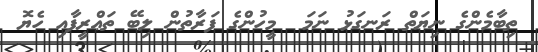
ތިބާމެންގެ ނިޔަތް ރަނގަޅު ނަމަ  މީހުންގެ ފަރާތުން ލިބޭ ތަޢްރީފާއި ހެޔޮ